Vaccination in Bombay 1869-1873 - 1869-1873
Year: 1869
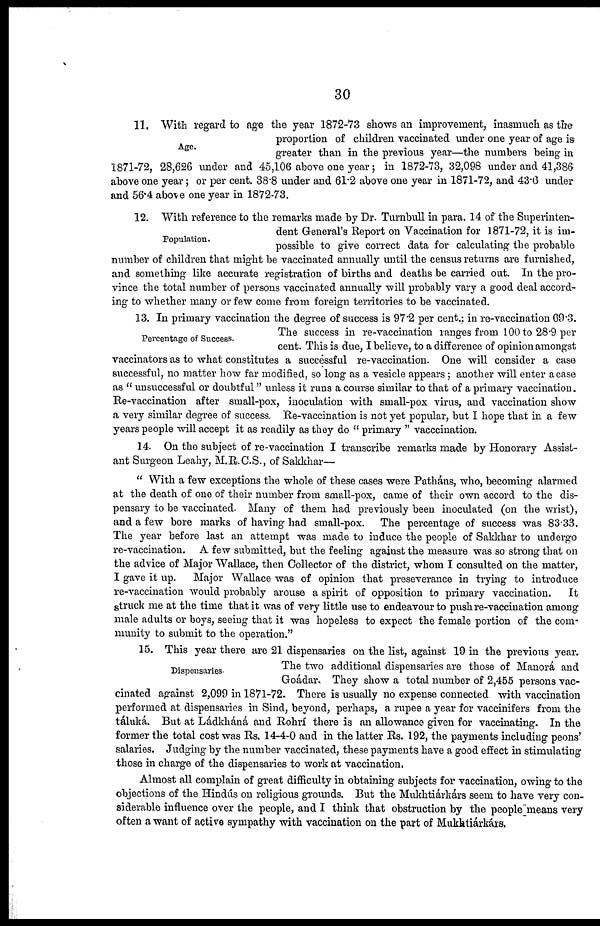
30
Age.
11. With regard to age the year 1872-73 shows an improvement, inasmuch as the
proportion of children vaccinated under one year of age is
greater than in the previous year—the numbers being in
1871-72, 28,626 under and 45,106 above one year; in 1872-73, 32,098 under and 41,386
above one year ; or per cent. 38.8 under and 61.2 above one year in 1871-72, and 43.6 under
and 56.4 above one year in 1872-73.
Population.
12. With reference to the remarks made by Dr. Turnbull in para. 14 of the Superinten-
dent General's Report on Vaccination for 1871-72, it is im-
possible to give correct data for calculating the probable
number of children that might be vaccinated annually until the census returns are furnished,
and something like accurate registration of births and deaths be carried out. In the pro-
vince the total number of persons vaccinated annually will probably vary a good deal accord-
ing to whether many or few come from foreign territories to be vaccinated.
Percentage of Success.
13. In primary vaccination the degree of success is 97.2 per cent.; in re-vaccination 69.3.
The success in re-vaccination ranges from 100 to 28.9 per
cent. This is due, I believe, to a difference of opinion amongst
vaccinators as to what constitutes a successful re-vaccination. One will consider a case
successful, no matter how far modified, so long as a vesicle appears; another will enter a case
as " unsuccessful or doubtful" unless it runs a course similar to that of a primary vaccination.
Re-vaccination after small-pox, inoculation with small-pox virus, and vaccination show
a very similar degree of success. Re-vaccination is not yet popular, but I hope that in a few
years people will accept it as readily as they do " primary " vacccination.
14. On the subject of re-vaccination I transcribe remarks made by Honorary Assist-
ant Surgeon Leahy, M.R.C.S., of Sakkhar—
" With a few exceptions the whole of these cases were Patháns, who, becoming alarmed
at the death of one of their number from small-pox, came of their own accord to the dis-
pensary to be vaccinated. Many of them had previously been inoculated (on the wrist),
and a few bore marks of having had small-pox. The percentage of success was 83.33.
The year before last an attempt was made to induce the people of Sakkhar to undergo
re-vaccination. A few submitted, but the feeling against the measure was so strong that on
the advice of Major Wallace, then Collector of the district, whom I consulted on the matter,
I gave it up. Major Wallace was of opinion that preseverance in trying to introduce
re-vaccination would probably arouse a spirit of opposition to primary vaccination.
It
struck me at the time that it was of very little use to endeavour to push re-vaccination among
male adults or boys, seeing that it was hopeless to expect the female portion of the com-
munity to submit to the operation."
Dispensaries.
15. This year there are 21 dispensaries on the list, against 19 in the previous year.
The two additional dispensaries are those of Manorá and
Goádar. They show a total number of 2,455 persons vac-
cinated against 2,099 in 1871-72. There is usually no expense connected with vaccination
performed at dispensaries in Sind, beyond, perhaps, a rupee a year for vaccinifers from the
táluká. But at Ládkháná and Rohrí there is an allowance given for vaccinating. In the
former the total cost was Rs. 14-4-0 and in the latter Rs. 192, the payments including peons'
salaries. Judging by the number vaccinated, these payments have a good effect in stimulating
those in charge of the dispensaries to work at vaccination.
Almost all complain of great difficulty in obtaining subjects for vaccination, owing to the
objections of the Hindús on religious grounds. But the Mukhtiárkárs seem to have very con-
siderable influence over the people, and I think that obstruction by the people means very
often a want of active sympathy with vaccination on the part of Mukhtiárkárs.